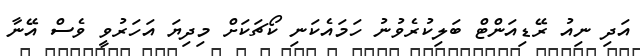
އަދި ނިއު ރޭޑިއަންޓް ބަލިކުރެވުނު ހަމައެކަނި ކޯޗަކަށް މިދިޔަ އަހަރުވީ ވެސް އޭނާ